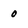
Character: 0